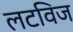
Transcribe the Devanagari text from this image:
लटविज